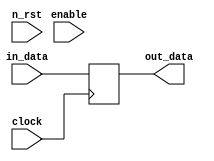
//-----------------------------------------------------------------------------
// <delay> 
//  - Module for delaying an input (like shift registers)
//    - Latency: <LATENCY> clock cycles
//    - <LATENCY> MUST be >= 1
//-----------------------------------------------------------------------------
// Version 1.00 (Apr 27, 2018)
//  - Initial version
//-----------------------------------------------------------------------------
// (C) 2018 Taito Manabe, all rights reserved.
//-----------------------------------------------------------------------------
`default_nettype none
`timescale 1ns/1ns

module delay
#( parameter integer BIT_WIDTH = -1,
parameter integer LATENCY   = 1 )
( clock,   n_rst,   enable,
in_data, out_data );

// inputs/outputs ----------------------------------------------------------
input wire       	       clock, n_rst, enable;
input wire [BIT_WIDTH-1:0]  in_data;
output wire [BIT_WIDTH-1:0] out_data;

// fifo --------------------------------------------------------------------
generate
if(2 <= LATENCY) begin : delay_use_fifo
    fifo
    #( .BIT_WIDTH(BIT_WIDTH), .FIFO_SIZE(LATENCY), 
    .INITIAL_SIZE(LATENCY - 1) )
    fifo_0
    (  .wr_clock(clock),  .rd_clock(clock),  .n_rst(n_rst),
        .wr_en(enable),      .rd_en(enable),
    .wr_data(in_data), .rd_data(out_data) );
end
else begin : delay_no_use_fifo
    reg [BIT_WIDTH-1:0] data;
    always @(posedge clock) begin
        data <= in_data;
    end
    assign out_data = data;
end
endgenerate

// functions ---------------------------------------------------------------
function integer log2;
    input integer value;
    begin
        value = value - 1;
        for ( log2 = 0; value > 0; log2 = log2 + 1 )
            value = value >> 1;
    end
endfunction

endmodule
`default_nettype wire